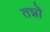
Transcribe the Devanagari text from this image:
तन्नॊ